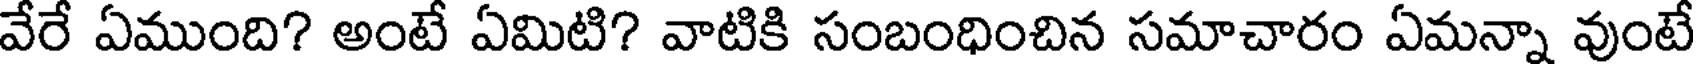
వేరే ఏముంది? అంటే ఏమిటి? వాటికి సంబంధించిన సమాచారం ఏమన్నా వుంటే